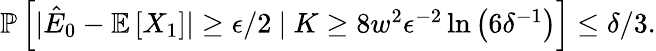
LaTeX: \begin{array}{r}{\mathbb{P}\left[|\hat{E}_{0}-\mathbb{E}\left[X_{1}\right]|\ge\epsilon/2~|~K\ge 8w^{2}\epsilon^{-2}\ln\left(6\delta^{-1}\right)\right]\le\delta/3.}\end{array}